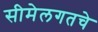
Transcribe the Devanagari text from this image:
सीमेलगतचे